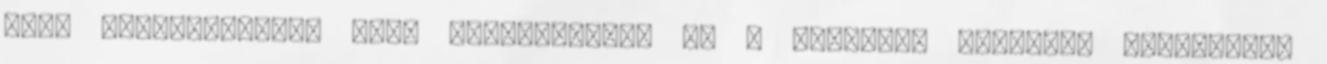
azok zárképességét kell ellenõrizni. Ha a záróelem egyúttal biztonsági